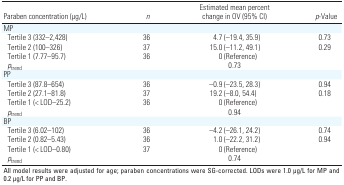
| Paraben concentration (μg/L) | n | Estimated mean percent change in OV (95% CI) | p-Value |
 | --- | --- | --- | --- |
 | MP |
 | Tertile 3 (332–2,428) | 36 | 4.7 (–19.4, 35.9) | 0.73 |
 | Tertile 2 (100–326) | 37 | 15.0 (–11.2, 49.1) | 0.29 |
 | Tertile 1 (7.77–95.7) | 36 | 0 (Reference) |
 | ptrend |  | 0.73 |
 | PP |
 | Tertile 3 (87.8–654) | 36 | –0.9 (–23.5, 28.3) | 0.94 |
 | Tertile 2 (27.1–81.8) | 37 | 19.2 (–8.0, 54.4) | 0.18 |
 | Tertile 1 (< LOD–25.2) | 36 | 0 (Reference) |
 | ptrend |  | 0.94 |
 | BP |
 | Tertile 3 (6.02–102) | 36 | –4.2 (–26.1, 24.2) | 0.74 |
 | Tertile 2 (0.82–5.43) | 36 | 1.0 (–22.2, 31.2) | 0.94 |
 | Tertile 1 (< LOD–0.80) | 37 | 0 (Reference) |
 | ptrend |  | 0.74 |
 | <COLSPAN=4> All model results were adjusted for age; paraben concentrations were SG-corrected. LODs were 1.0 μg/L for MP and 0.2 μg/L for PP and BP. |